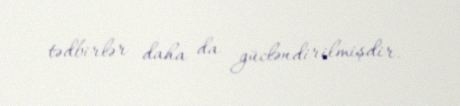
tədbirlər daha da gücləndirilmişdir.